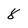
Character: 8